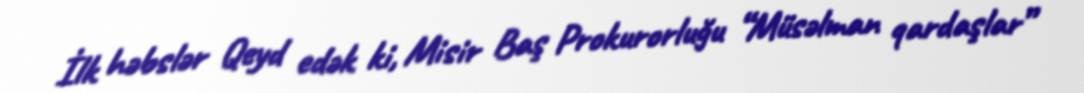
İlk həbslər Qeyd edək ki, Misir Baş Prokurorluğu “Müsəlman qardaşlar”